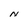
Character: N